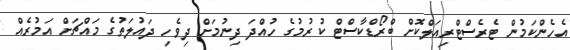
އެހެންކަމުން ޓެރެސްޓްރިއަލްކޮށް ބްރޯޑްކާސްޓް ކުރުމުގެ ހުއްދަ ދިނުމަށް ދިވެހި ދައުލަތުގެ މައްޗަށް އަމުރެއް